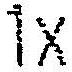
1X